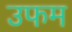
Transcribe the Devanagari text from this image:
उफम